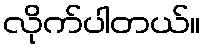
လိုက်ပါတယ်။